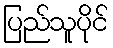
ပြည်သူပိုင်